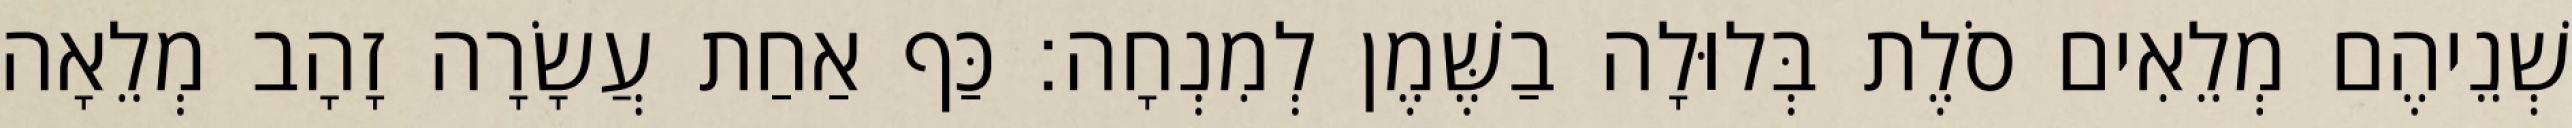
שְׁנֵיהֶם מְלֵאִים סֹלֶת בְּלוּלָה בַשֶּׁמֶן לְמִנְחָה׃ כַּף אַחַת עֲשָׂרָה זָהָב מְלֵאָה